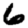
Digit: 6